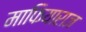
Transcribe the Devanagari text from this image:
माफियाराज